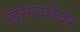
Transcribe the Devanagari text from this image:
दिनचर्येवर